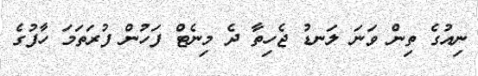
ނިއުގެ ތިން ވަނަ ލަނޑު ޖެހިތާ ދެ މިނެޓް ފަހުން ފުރަތަމަ ހާފުގެ